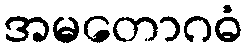
အမတောဂဓံ